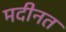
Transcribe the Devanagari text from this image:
मदीनत